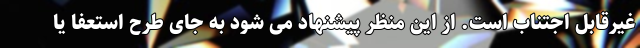
غیرقابل اجتناب است. از این منظر پیشنهاد می شود به جای طرح استعفا یا